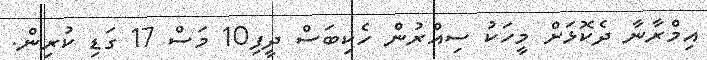
އިމްރާނާ ދެކޮޅަށް މީހަކު ސިއްރުން ހެކިބަސް ދީފި10 މަސް 17 ގަޑި ކުރިން.